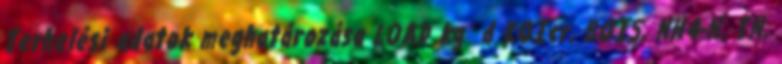
Terhelési adatok meghatározása LOAD kg d KOIcr, BOI5, NH4-N, TN,